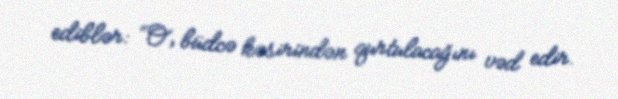
ediblər: “O, büdcə kəsirindən qurtulacağını vəd edir.